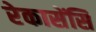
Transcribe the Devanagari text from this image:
रेकासेंसि